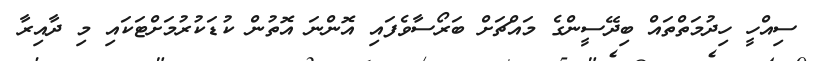
ސިއްހީ ހިދުމަތްތައް ބިދޭސީންގެ މައްޗަށް ބަރޯސާވެފައި އޮންނަ އޮތުން ކުޑަކުރުމަށްޓަކައި މި ދާއިރާ